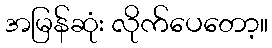
အမြန်ဆုံး လိုက်ပေတော့။